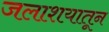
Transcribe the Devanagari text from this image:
जलाशयातून